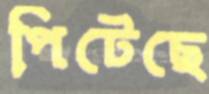
পিটেছে